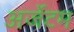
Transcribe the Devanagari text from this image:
अर्जेटम